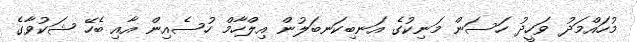
މުހައްމަދު ވަހީދު ހަސަން މަނިކުގެ އަނބިކަނބަލުން އިލްހާމް ހުސެއިން އާއި ބެހޭ ޝަކުވާގެ